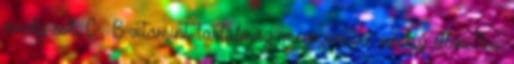
amely sok C-, B-vitamint tartalmaz, megszárítva vesebaj elleni tea